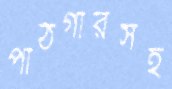
পাঠগারসহ